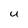
Character: u